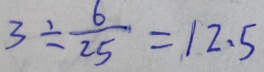
3 \div \frac { 6 } { 2 5 } = 1 2 . 5